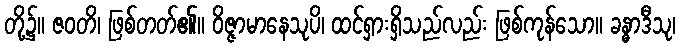
တို့၌။ ဇဝတိ၊ ဖြစ်တတ်၏။ ဝိဇ္ဇာမာနေသုပိ၊ ထင်ရှားရှိသည်လည်း ဖြစ်ကုန်သော။ ခန္ဓာဒီသု၊